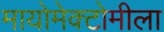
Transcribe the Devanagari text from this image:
मायोमेक्टोमीला